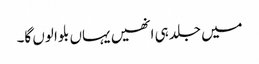
میں جلد ہی انھیں یہاں بلوا لوں گا۔